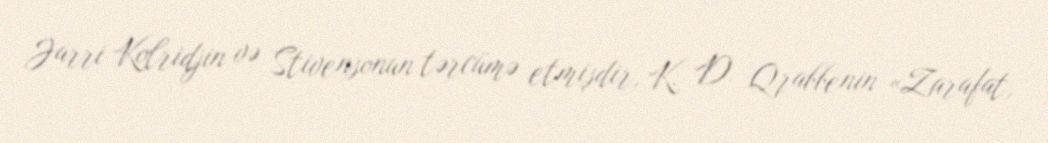
Jarri Kolridjin və Stivensonun tərcümə etmişdir, K. D. Qrabbenin «Zarafat,